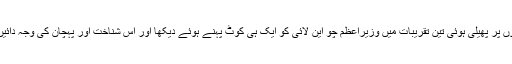
اشفاق صاحب بتاتے ہیں کہ انہوں نے مختلف دنوں پر پھیلی ہوئی تین تقریبات میں وزیراعظم چو این لائی کو ایک ہی کوٹ پہنے ہوئے دیکھا اور اس شناخت اور پہچان کی وجہ دائیں بازو کی کہنی کے قریب لگا ہوا ایک پیوند تھا۔